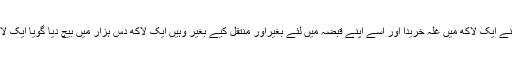
یعنی یہ سودا ایک طرح سے نقدی کالین دین ہی ہے ،جیسے کسی نے ایک لاکھ میں غلّہ خریدا اور اسے اپنے قبضہ میں لئے بغیراور منتقل کیے بغیر وہیں ایک لاکھ دس ہزار میں بیچ دیا گویا ایک لاکھ کی نقدی کےبدلہ دس لاکھ کی نقدی کاسودا کرکے منافع کمایا۔